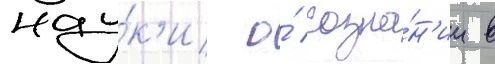
нау́к'и о́ созна́н'ии в